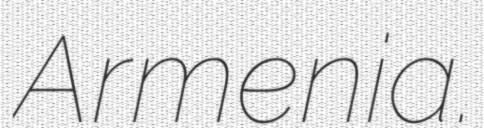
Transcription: Armenia.